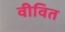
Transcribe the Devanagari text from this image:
वीवित